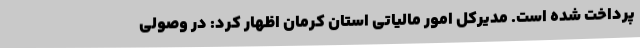
پرداخت شده است. مدیرکل امور مالیاتی استان کرمان اظهار کرد: در وصولی